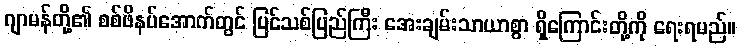
ဂျာမန်တို့၏ စစ်ဖိနပ်အောက်တွင် ပြင်သစ်ပြည်ကြီး အေးချမ်းသာယာစွာ ရှိကြောင်းတို့ကို ရေးရမည်။